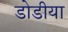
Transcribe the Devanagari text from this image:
डोडीया